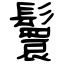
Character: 鬟